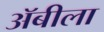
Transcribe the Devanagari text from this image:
अॅबीला